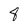
Character: 8